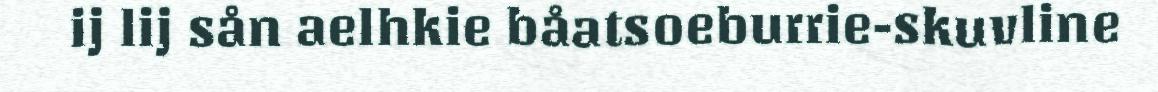
ij lij sån aelhkie båatsoeburrie-skuvline